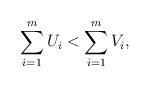
LaTeX: \begin{align*} \sum_{i=1}^mU_i < \sum_{i=1}^mV_i, \end{align*}